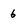
Character: 6